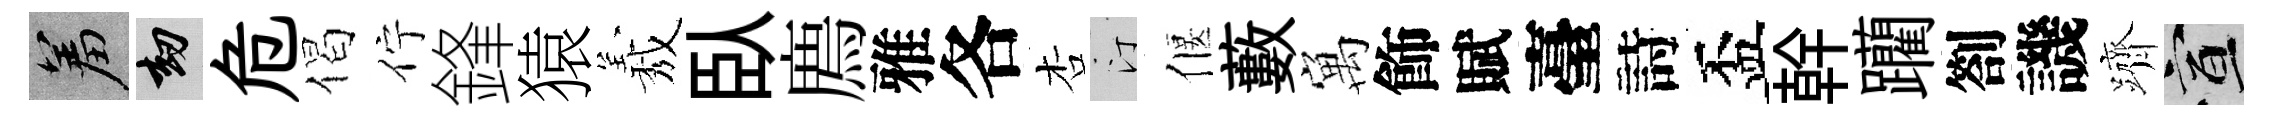
羞劫危偈佇鋒猿𦏁臥廌雅各杏汀偃藪寓飾賦臺詩盃幹躪劄譏躋宣